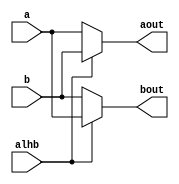
module Swap_ab(a,b,alhb,aout,bout);
input[23:0] a,b;
input alhb;
output reg[23:0] aout, bout;
always @(alhb or a or b)
begin
if(alhb)
begin
		aout = b;
		bout = a;
end
else
begin 
	aout = a;
	bout = b;
end
end
endmodule